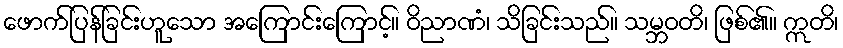
ဖောက်ပြန်ခြင်းဟူသော အကြောင်းကြောင့်။ ဝိညာဏံ၊ သိခြင်းသည်။ သမ္ဘဝတိ၊ ဖြစ်၏။ ဣတိ၊